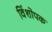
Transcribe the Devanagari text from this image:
विंशोपक